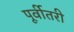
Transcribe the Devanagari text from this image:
पूर्वीतरी